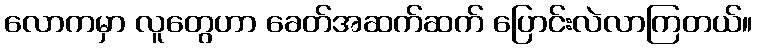
လောကမှာ လူတွေဟာ ခေတ်အဆက်ဆက် ပြောင်းလဲလာကြတယ်။